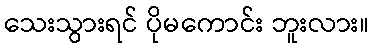
သေးသွားရင် ပိုမကောင်း ဘူးလား။